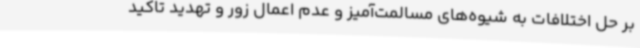
بر حل اختلافات به شیوه‌های مسالمت‌آمیز و عدم اعمال زور و تهدید تاکید